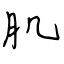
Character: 肌